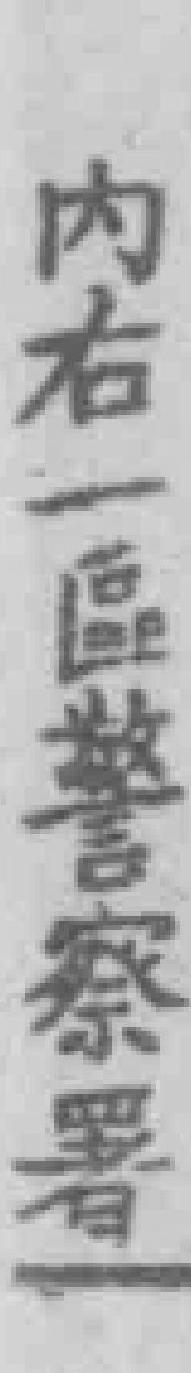
内右一區警察署